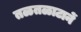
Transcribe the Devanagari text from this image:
तळतळाटानें